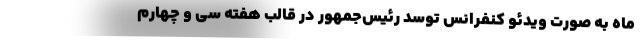
ماه به صورت ویدئو کنفرانس توسد رئیس‌جمهور در قالب هفته سی و چهارم